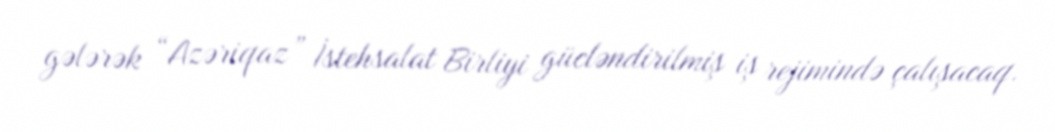
gələrək “Azəriqaz” İstehsalat Birliyi gücləndirilmiş iş rejimində çalışacaq.